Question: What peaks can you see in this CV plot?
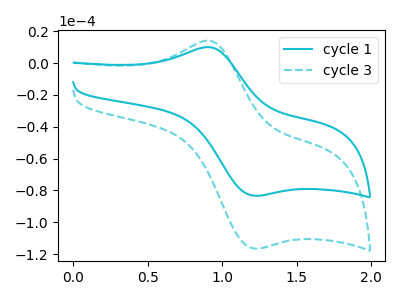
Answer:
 <answer>The cyan curve "cycle 1" has an anodic peak at (0.90V, 10.10uA) and a cathodic peak at (1.20V, -83.35uA). The cyan dashed curve "cycle 3" has an anodic peak at (0.90V, 14.15uA) and a cathodic peak at (1.20V, -116.55uA).</answer>
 <eval></eval>